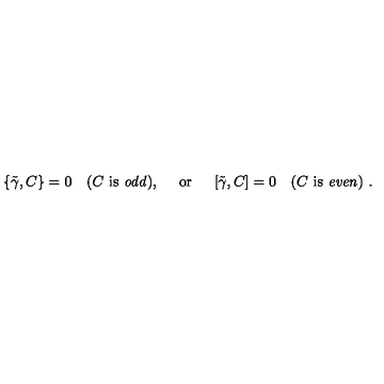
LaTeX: \left\{ \tilde { \gamma } , C \right\} = 0 \quad ( C \ \mathrm { i s \ { \it o d d } } ) , \quad \ \mathrm { o r } \ \quad \left[ \tilde { \gamma } , C \right] = 0 \quad ( C \ \mathrm { i s \ { \it e v e n } } ) \ .